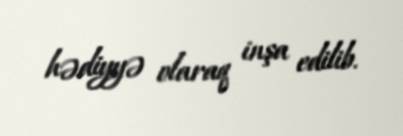
hədiyyə olaraq inşa edilib.